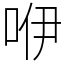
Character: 咿